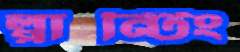
প্লান্টিং